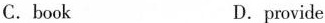
C.book D.provide